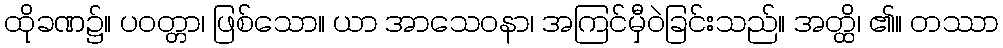
ထိုခဏ၌။ ပဝတ္တာ၊ ဖြစ်သော။ ယာ အာသေဝနာ၊ အကြင်မှီဝဲခြင်းသည်။ အတ္ထိ၊ ၏။ တဿာ